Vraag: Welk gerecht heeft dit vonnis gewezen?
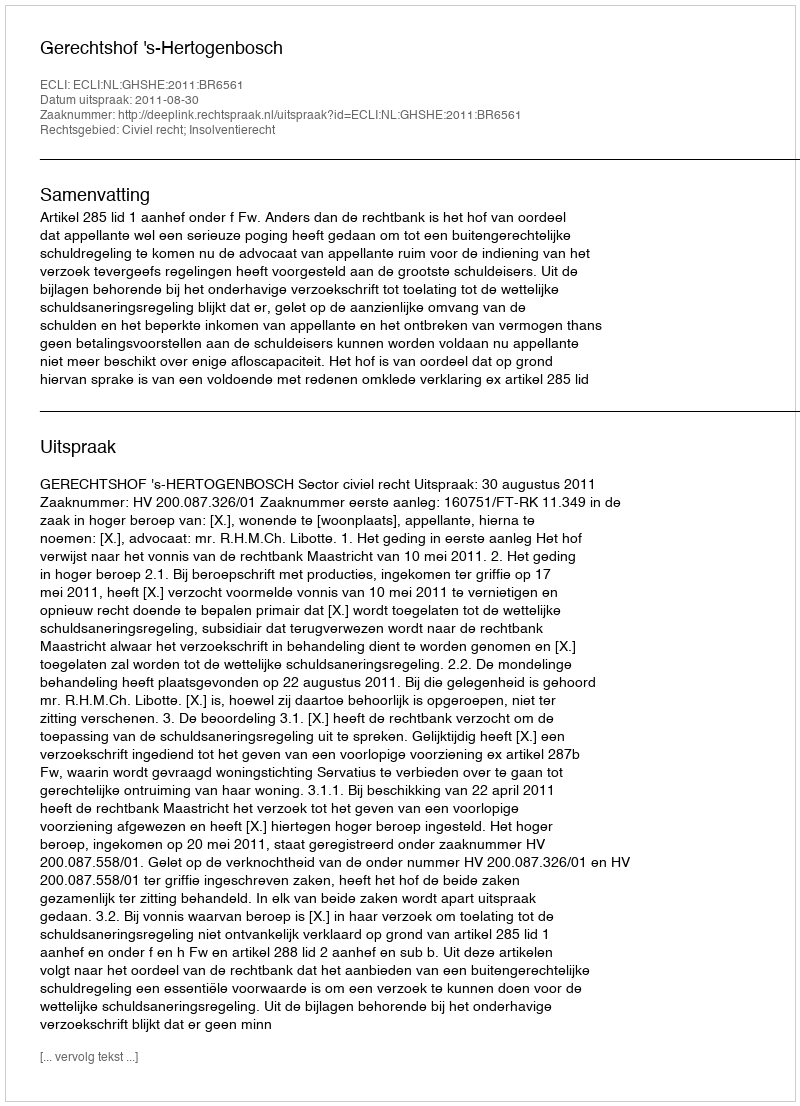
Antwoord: Gerechtshof 's-Hertogenbosch